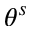
\theta ^ { s }